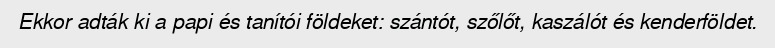
Ekkor adták ki a papi és tanítói földeket: szántót, szőlőt, kaszálót és kenderföldet.